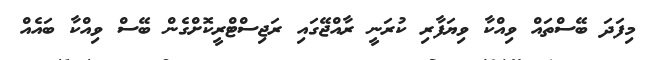
މިފަދަ ބޭސްތައް ވިއްކާ ވިޔަފާރި ކުރަނީ ރާއްޖޭގައި ރަޖިސްޓްރީކޮށްގެން ބޭސް ވިއްކާ ބައެއް